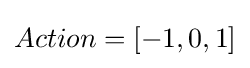
Action=[-1,0,1]